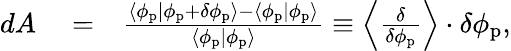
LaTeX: \begin{array}{rlr}{dA}&{{}=}&{\frac{\langle\phi_{\mathrm{p}}|\phi_{\mathrm{p}}+\delta\phi_{\mathrm{p}}\rangle-\langle\phi_{\mathrm{p}}|\phi_{\mathrm{p}}\rangle}{\langle\phi_{\mathrm{p}}|\phi_{\mathrm{p}}\rangle}\equiv\left\langle\frac{\delta}{\delta\phi_{\mathrm{p}}}\right\rangle\cdot\delta\phi_{\mathrm{p}},}\end{array}